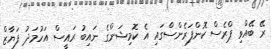
ރޭ ބޭއްވި ޕްރެސް ކޮންފަރެންސްގައި އެ ކޮމިޝަންގެ ނައިބު ރައީސް އަހުމަދު ފަޔާޒް